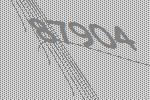
87904